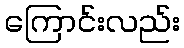
ကြောင်းလည်း